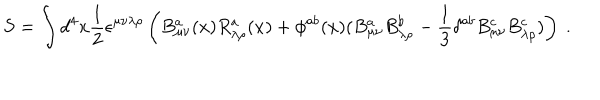
S = \int d ^ { 4 } x \frac { 1 } { 2 } \epsilon ^ { \mu \nu \lambda \rho } \left( B _ { \mu \nu } ^ { a } ( x ) R _ { \lambda \rho } ^ { a } ( x ) + \phi ^ { a b } ( x ) ( B _ { \mu \nu } ^ { a } B _ { \lambda \rho } ^ { b } - \frac { 1 } { 3 } \delta ^ { a b } B _ { \mu \nu } ^ { c } B _ { \lambda \rho } ^ { c } ) \right) \ .